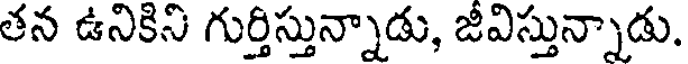
తన ఉనికిని గుర్తిస్తున్నాడు, జీవిస్తున్నాడు.